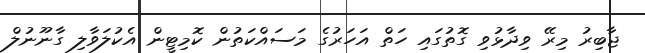
ޖާބިރު މިރޭ ވިދާޅުވި ގޮތުގައި ހަތް އަހަރުގެ މަސައްކަތުން ކޮމިޓީން އެކުލަވާލި ގާނޫނުލް